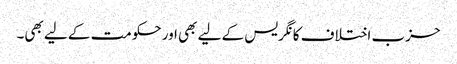
حزب اختلاف کانگریس کے لیے بھی اور حکومت کے لیے بھی۔